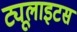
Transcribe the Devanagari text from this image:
ट्यूलाइटस